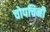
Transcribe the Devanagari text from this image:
चोपचिनी